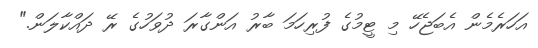
އަހަރެމެން އެބަޖެހޭ މި ޓީމުގެ ފުރިހަމަ ބާރު އަންގާރަ ދުވަހުގެ ރޭ ދައްކާލަން."